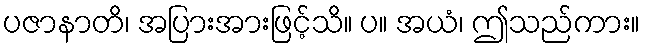
ပဇာနာတိ၊ အပြားအားဖြင့်သိ။ ပ။ အယံ၊ ဤသည်ကား။